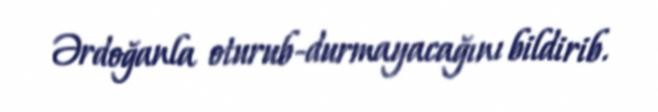
Ərdoğanla oturub-durmayacağını bildirib.